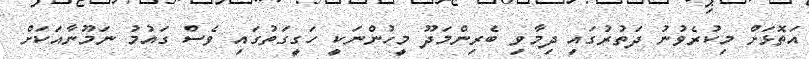
އަތޮޅަށް މިކުރެވުނު ދަތުރުގައި ދިމާވި ބެރިންމަދޫ މީހުންނަކީ ހަގީގަތުގައި ވެސް ގައުމު ނަމޫނާއަކަށް